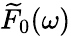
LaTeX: \widetilde{F}_{0}(\omega)